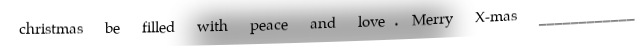
christmas be filled with peace and love. Merry X-mas ____________